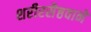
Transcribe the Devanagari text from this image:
शरीरसैष्ठवाने